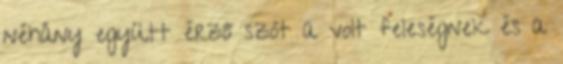
néhány együtt érző szót a volt feleségnek és a